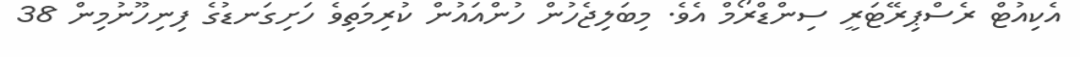
އެކިއުޓް ރެސްޕިރޭޓަރީ ސިންޑްރޯމް އެވެ. މިބަލިޖެހުން ހުންއައުން ކުރިމަތިވެ ހަށިގަނޑުގެ ފިނިހޫނުމިން 38